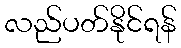
လည်ပတ်နိုင်ရန်